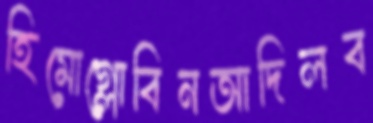
হিমোগ্লোবিনআদিলব